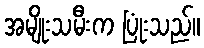
အမျိုးသမီးက ပြုံးသည်။